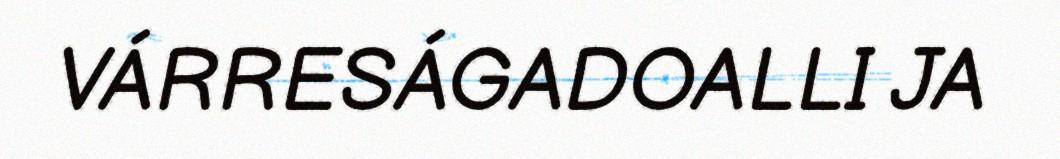
VÁRRESÁGADOALLI JA